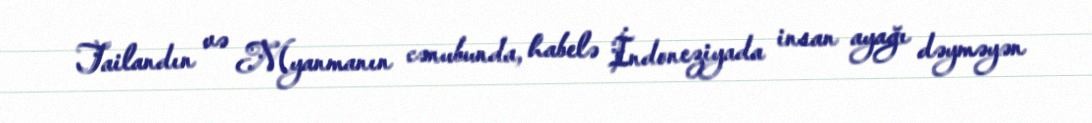
Tailandın və Myanmanın cənubunda, habelə İndoneziyada insan ayağı dəyməyən